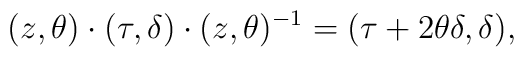
(z,\theta) \cdot (\tau,\delta) \cdot (z,\theta)^{-1} = (\tau +2\theta\delta,\delta),